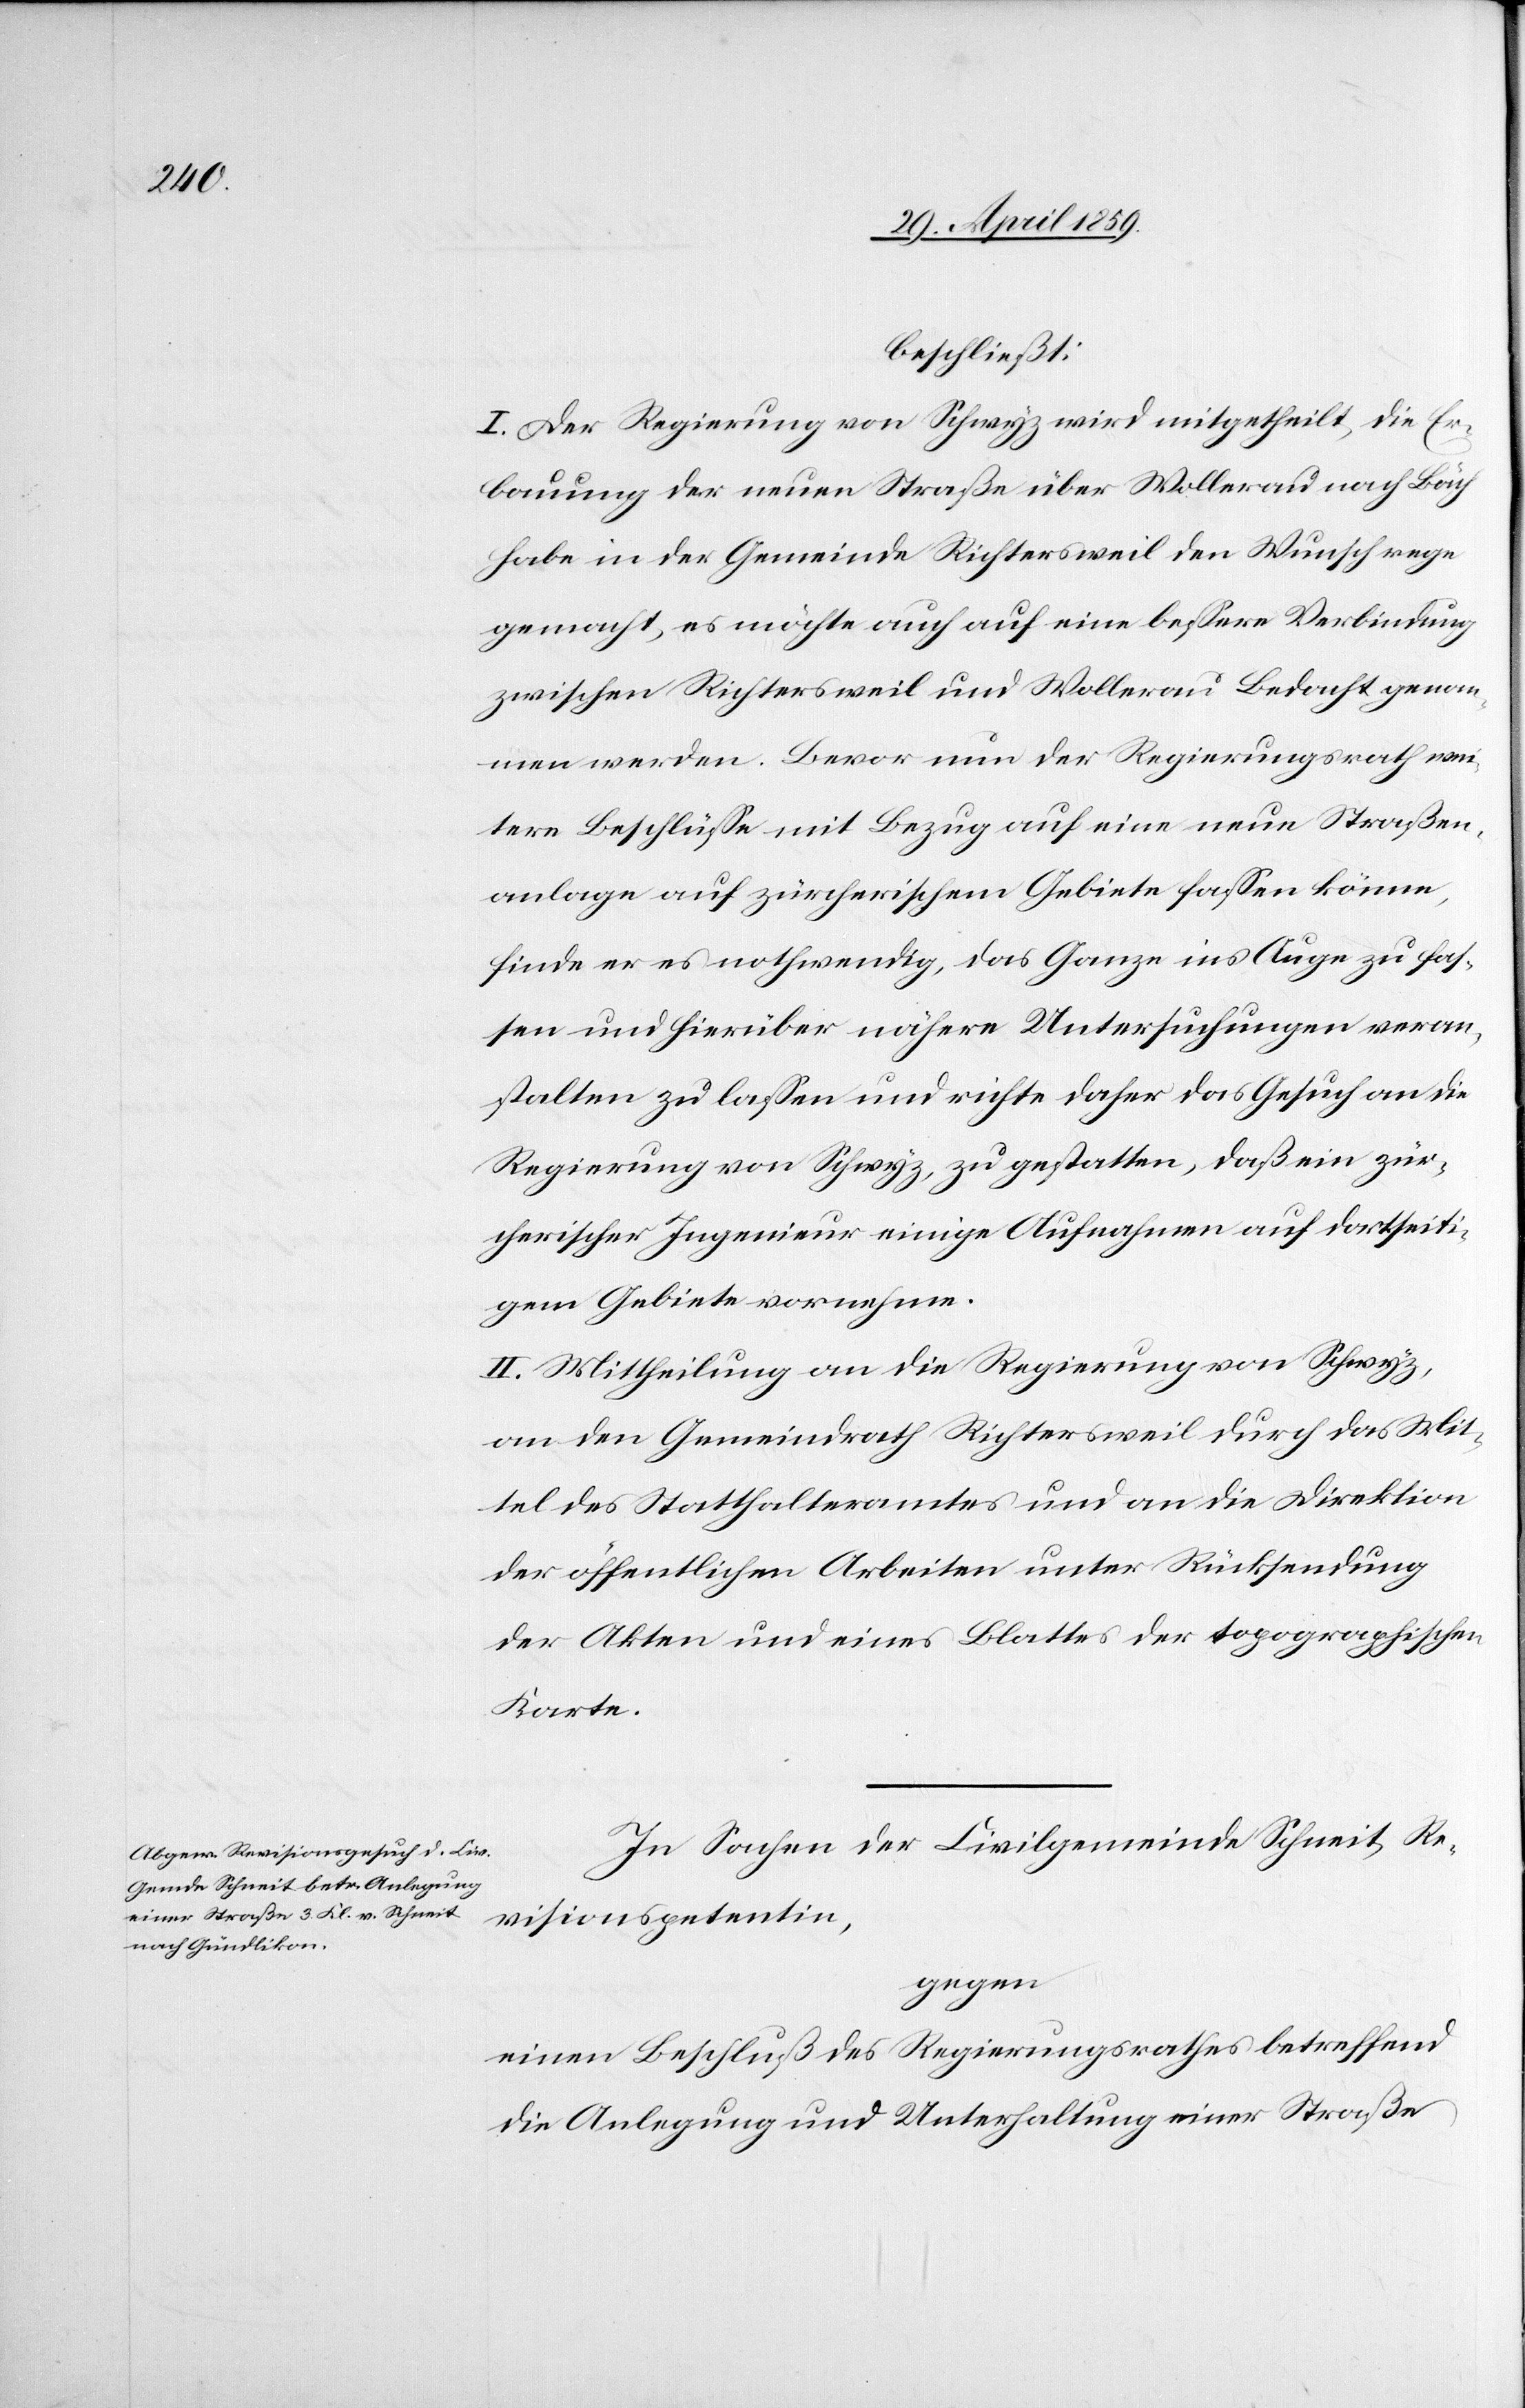
beschließt:
I. Der Regierung von Schwyz wird mitgetheilt, die Er¬
bauung der neuen Straße über Wollerau nach Bäch
habe in der Gemeinde Richtersweil den Wunsch rege
gemacht, es möchte auch auf eine beßere Verbindung
zwischen Richtersweil und Wollerau Bedacht genom¬
men werden. Bevor nun der Regierungsrath wei¬
tere Beschlüße mit Bezug auf eine neue Straßen¬
anlage auf zürcherischem Gebiete faßen könne,
finde er es nothwendig, das Ganze ins Auge zu fas¬
sen und hierüber nähere Untersuchungen veran¬
stalten zu laßen und richte daher das Gesuch an die
Regierung von Schwyz, zu gestatten, daß ein zür¬
cherischer Ingenieur einige Aufnahmen auf dortseiti¬
gem Gebiete vornehme.
II. Mittheilung an die Regierung von Schwyz,
an den Gemeindrath Richtersweil durch das Mit¬
tel des Statthalteramtes und an die Direktion
der öffentlichen Arbeiten unter Rücksendung
der Akten und eines Blattes der topographischen
Karte.
In Sachen der Civilgemeinde Schneit, Re¬
visionspetentin,
gegen
einen Beschluß des Regierungsrathes betreffend
die Anlegung und Unterhaltung einer Straße